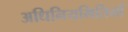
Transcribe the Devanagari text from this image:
अधिनियमितियों